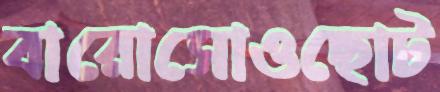
বারোসোওছোট